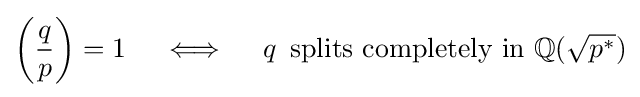
\left({\frac {q}{p}}\right)=1\quad \iff \quad q\,{\mbox{ splits completely in }}\mathbb {Q} ({\sqrt {p^{*}}})